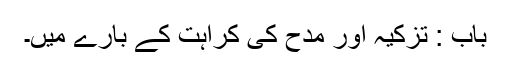
باب : تزکیہ اور مدح کی کراہت کے بارے میں۔